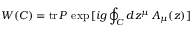
W ( C ) = \mathrm { t r } \, P \, \exp \, [ i g \oint _ { C } d z ^ { \mu } \, A _ { \mu } ( z ) ]